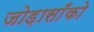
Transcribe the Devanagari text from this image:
जोड़ासाँको